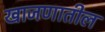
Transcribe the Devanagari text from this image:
खाजणातील